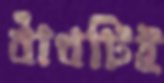
বাঁধটিই